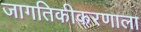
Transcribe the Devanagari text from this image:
जागतिकीकरणाला